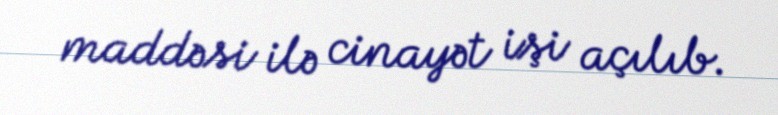
maddəsi ilə cinayət işi açılıb.